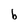
Character: b